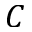
C